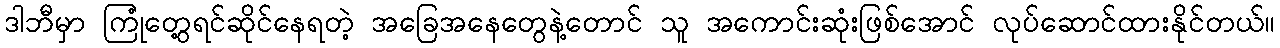
ဒါဘီမှာ ကြုံတွေ့ရင်ဆိုင်နေရတဲ့ အခြေအနေတွေနဲ့တောင် သူ အကောင်းဆုံးဖြစ်အောင် လုပ်ဆောင်ထားနိုင်တယ်။